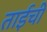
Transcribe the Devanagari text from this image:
ताईची